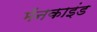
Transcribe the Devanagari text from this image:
मॅनकाइंड